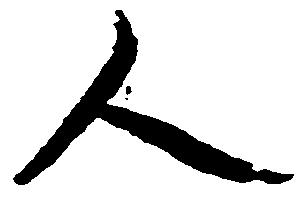
人